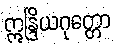
ဣန္ဒြိယဂုတ္တော